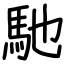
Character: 馳